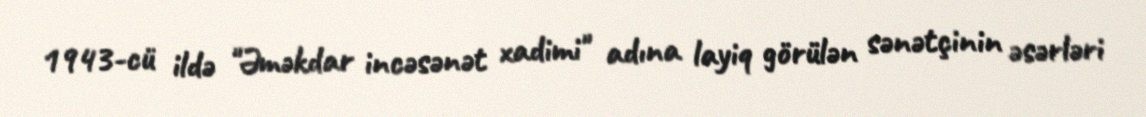
1943-cü ildə "Əməkdar incəsənət xadimi" adına layiq görülən sənətçinin əsərləri